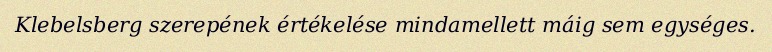
Klebelsberg szerepének értékelése mindamellett máig sem egységes.